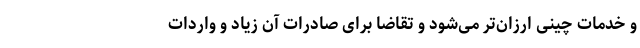
و خدمات چینی ارزان‌تر می‌شود و تقاضا برای صادرات آن زیاد و واردات